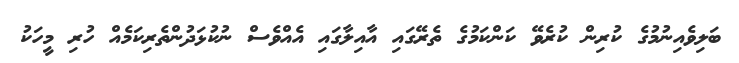
ބަލިވެއިނުމުގެ ކުރިން ކުރެވޭ ކަންކަމުގެ ތެރޭގައި އާއިލާގައި އެއްވެސް ނުކުޅަދުންތެރިކަމެއް ހުރި މީހަކު